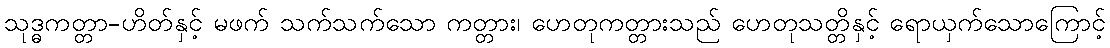
သုဒ္ဓကတ္တာ-ဟိတ်နှင့် မဖက် သက်သက်သော ကတ္တား၊ ဟေတုကတ္တားသည် ဟေတုသတ္တိနှင့် ရောယှက်သောကြောင့်